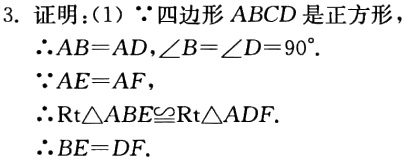
3. 证明：(1) $\because$四边形$ABCD$是正方形
$\therefore AB = AD,\angle B=\angle D = 90^{\circ}$.
$\because AE = AF$,
$\therefore \text{Rt}\triangle ABE\cong\text{Rt}\triangle ADF$.
$\therefore BE = DF$.